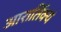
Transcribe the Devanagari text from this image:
आरार्तिक्यं